Lunatic asylums Bombay report 1878-1890 - 1878-1890
Year: 1878
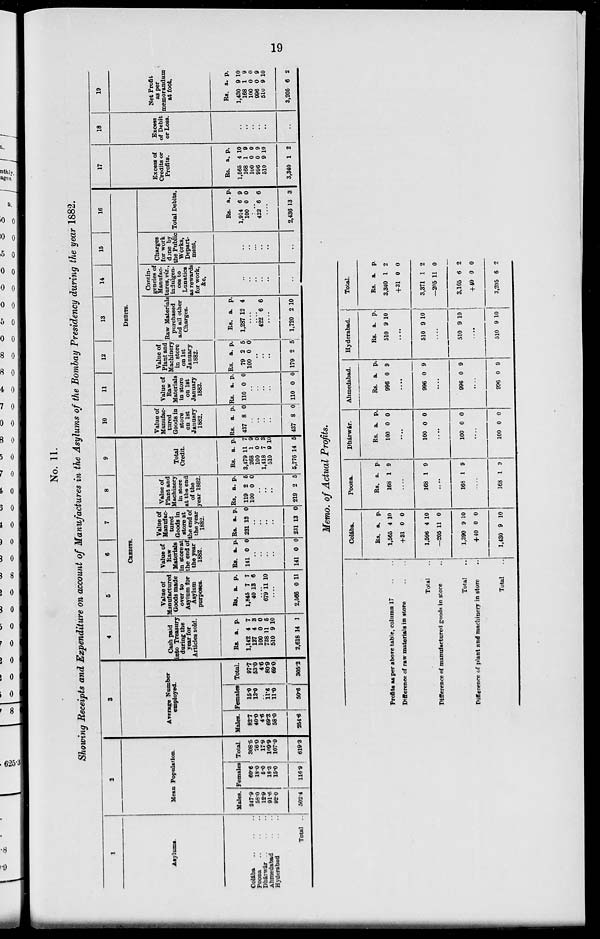
19
No. 11.
Showing Receipts and Expenditure on account of Manufactures in the Asylums of the Bombay Presidency during the year 1882.
1
Asylums.
Colába
..
..
..
Poona
..
..
..
Dhárwár..
..
..
Ahmedabad .. ..
Hyderabad .. ..
Total ..
2
Mean Population.
Males.
247.9
58.0
12.9
91.6
92.0
502.4
Females
60.6
18.0
5.0
18.3
15.0
116.9
Total.
308.5
76.0
17.9
109.9
107.0
619.3
3
Average Number
employed.
Males.
82.7
40.0
4.6
69.3
58.0
254.6
Females
15.0
13.0
..
11.6
11.0
50.6
Total.
97.7
53.0
4.6
80.9
69.0
305.2
4
5
6
7
8
9
CREDITS.
Cash paid
into Treasury
during the
year for
Articles sold.
Rs.
1,142
127
100
738
510
2,618
a.
4
4
0
11
9
14
p.
7
3
0
5
10
1
Value of
Manufactured
Goods made
over to
Asylum for
Asylum
purposes.
Rs.
1,845
40
a.
7
13
p.
7
6
....
679 11 10
....
2,566 0 11
Value of
Raw
Materials
in store at
the end of
the year
1882.
Rs.
141
a.
0
p.
0
..
..
..
..
141 0 0
Value of
Manufac-
tured
Goods in
store at
the end of
the year
1882.
Rs.
231
a.
13
p.
0
..
..
..
..
231 13 0
Value of
Plant and
Machinery
in store
at the end
of the
year 1882.
Rs.
119
100
a.
2
0
p.
5
0
..
..
..
219 2 5
Total
Credit.
Rs.
3,479
268
100
1,418
510
5,776
a.
11
1
0
7
9
14
p.
7
9
0
3
10
5
10
11
12
13
14
15
16
DEBITS.
Value of
Manufac-
tured
Goods in
store
on 1st
January
1882.
Rs.
437
a.
8
p.
0
..
..
..
..
437 8 0
Value of
Raw
Materials
in store
on 1st
January
1882.
Rs.
110
a.
0
p.
0
..
..
..
..
110 0 0
Value of
Plant and
Machinery
in store
on 1st
January
1882.
Rs.
79
100
a.
2
0
p.
5
0
..
..
..
179 2 5
Raw Materials
purchased
and all other
Charges.
Rs.
1,287
a.
12
p.
4
....
....
422 6 6
....
1,720 2 10
Contin-
gencies of
Manufac-
tures, viz.,
indulgen-
ces to
Lunatics
as rewards
for work,
&c.
..
..
..
..
..
..
Charges
for work
done by
the Public
Works,
Depart-
ment.
..
..
...
..
..
..
Total Debits.
Rs.
1,914
100
a.
6
0
p.
9
0
..
422 6 6
....
2,436 13 3
17
Excess of
Credits or
Profits.
Rs.
1,565
168
100
996
510
3,340
a.
4
1
0
0
9
1
p.
10
9
0
9
10
2
18
Excess
of Debit
or Loss.
..
..
..
..
..
..
19
Net Profit
as per
memorandum
at foot.
Rs.
1,430
168
100
996
510
3,205
a.
9
1
0
0
9
6
p.
10
9
0
9
10
2
Memo. of Actual Profits.
Profits as per above table, column 17 .. ..
Difference of raw materials in store .. ..
Total ..
Difference of manufactured goods in store ..
Total ..
Difference of plant and machinery in store ..
Total ..
Colába.
Rs.
1,565
+31
1,596
—205
1,390
+40
1,430
a.
4
0
4
11
9
0
9
p.
10
0
10
0
10
0
10
Poona.
Rs.
168
a.
1
p.
9
...
168 1 9
....
168 1 9
....
168 1 9
Dhárwár.
Rs.
100
a.
0
p.
0
....
100 0 0
....
100 0 0
....
100 0 0
Ahmedabad.
Rs.
996
a.
0
p.
9
....
996 0 9
....
996 0 9
....
996 0 9
Hyderabad.
Rs.
510
a.
9
p.
10
....
510 9 10
....
510 9 10
....
510 9 10
Total.
Rs.
3,340
+31
3,371
—205
3,165
+40
3,205
a.
1
0
1
11
6
0
6
p.
2
0
2
0
2
0
2